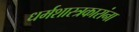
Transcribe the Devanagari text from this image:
धर्मशास्त्रकारांना